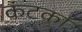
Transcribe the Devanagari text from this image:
कंटका